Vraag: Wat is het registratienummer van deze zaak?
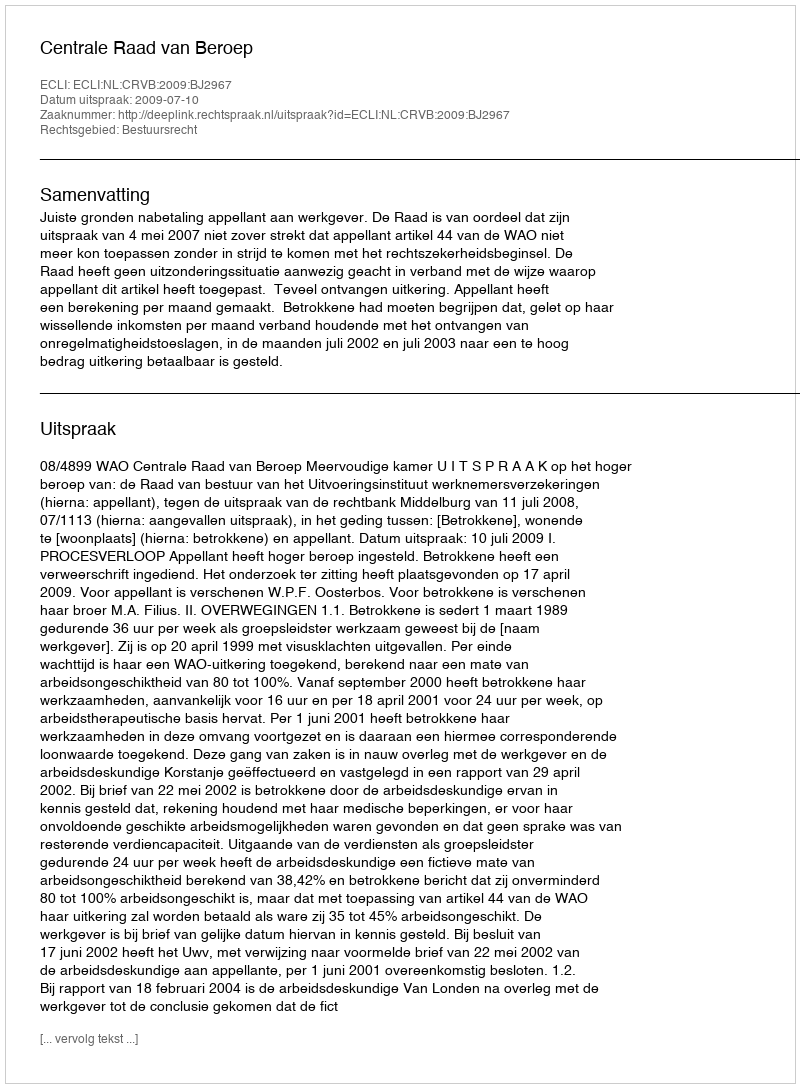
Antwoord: http://deeplink.rechtspraak.nl/uitspraak?id=ECLI:NL:CRVB:2009:BJ2967